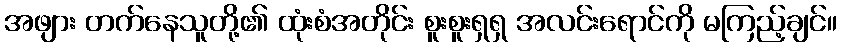
အဖျား တက်နေသူတို့၏ ထုံးစံအတိုင်း စူးစူးရှရှ အလင်းရောင်ကို မကြည့်ချင်။